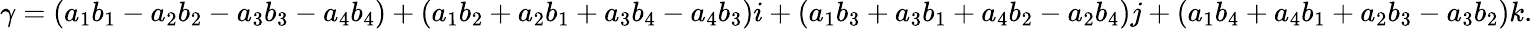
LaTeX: \gamma=(a_{1}b_{1}-a_{2}b_{2}-a_{3}b_{3}-a_{4}b_{4})+(a_{1}b_{2}+a_{2}b_{1}+a_{3}b_{4}-a_{4}b_{3})i+(a_{1}b_{3}+a_{3}b_{1}+a_{4}b_{2}-a_{2}b_{4})j+(a_{1}b_{4}+a_{4}b_{1}+a_{2}b_{3}-a_{3}b_{2})k.